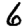
Digit: 6